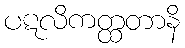
ပဋလိကတ္ထတာနိ